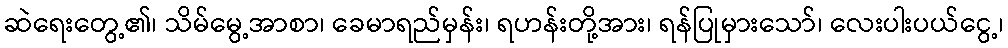
ဆဲရေးတွေ့၏၊ သိမ်မွေ့အာစာ၊ ခေမာရည်မှန်း၊ ရဟန်းတို့အား၊ ရန်ပြုမှားသော်၊ လေးပါးပယ်ငွေ့၊